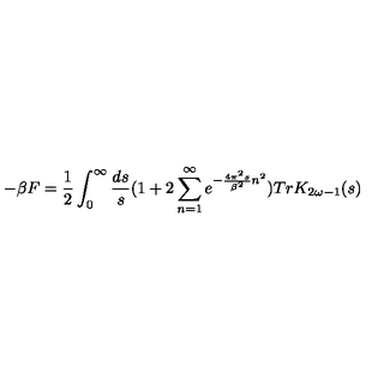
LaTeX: - \beta F = { \frac { 1 } { 2 } } \int _ { 0 } ^ { \infty } { \frac { d s } { s } } ( 1 + 2 \sum _ { n = 1 } ^ { \infty } e ^ { - { \frac { 4 \pi ^ { 2 } s } { \beta ^ { 2 } } } n ^ { 2 } } ) T r K _ { 2 \omega - 1 } ( s )